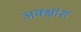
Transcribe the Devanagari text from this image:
अक्क्षांश